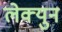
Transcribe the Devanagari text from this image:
लेक्युन